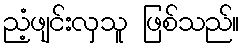
ညံ့ဖျင်းလှသူ ဖြစ်သည်။